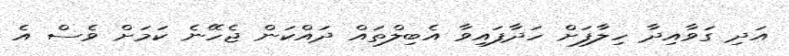
އަދި ގަވާއިދާ ހިލާފަށް ހަދާފައިވާ އެބިލްތައް ދައްކަން ޖެހޭނެ ކަމަށް ވެސް އެ